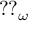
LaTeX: { \mathrm { ? ? } } _ { \omega }